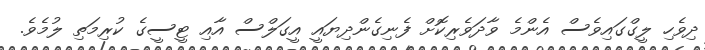
ދިވެހި ލީގްގައިވެސް އެންމެ ވާދަވެރިކޮށް ފެނިގެންދިޔައީ އީގަލްސް އާއި ޓީސީގެ ކުރިމަތި ލުމެވެ.